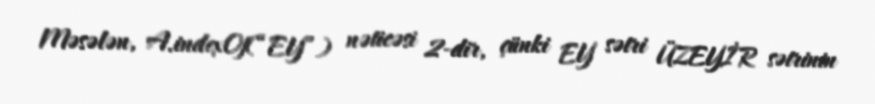
Məsələn, A.indexOf(“EY”) nəticəsi 2-dir, çünki EY sətri ÜZEYİR sətrinin